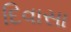
દિવાસા